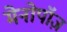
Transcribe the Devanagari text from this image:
मेनोपॉज़